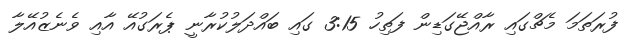
ފުރަތަމަ މެޗްގައި ރާއްޖޭގަޑިން ފަތިހު 3:15 ގައި ބައްދަލުކުރާނީ ޕެރަގުއޭ އާއި ވެނެޒުއޭލާ